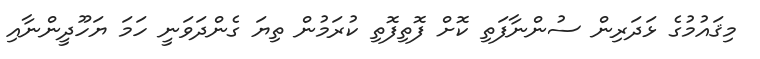
މިޤައުމުގެ ޅަދަރިން ސުންނާފަތި ކޮށް ފޮތިފޮތި ކުރަމުން ތިޔަ ގެންދަވަނީ ހަމަ ޔަހޫދީންނާއި